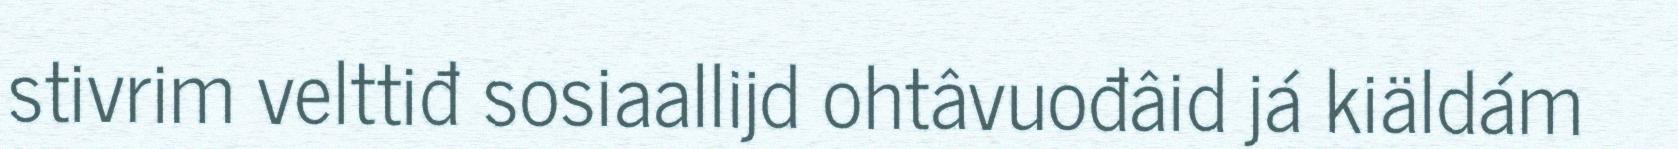
stivrim velttiđ sosiaallijd ohtâvuođâid já kiäldám